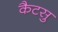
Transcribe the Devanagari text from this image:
कैटसु